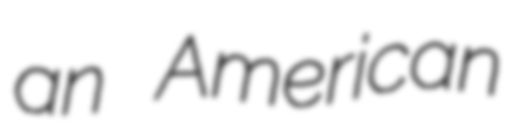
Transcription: an American